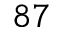
^ { 8 7 }